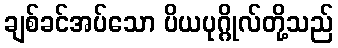
ချစ်ခင်အပ်သော ပိယပုဂ္ဂိုလ်တို့သည်